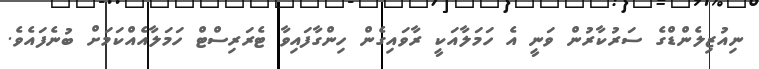
ނިއުޒިލެންޑްގެ ސަރުކާރުން ވަނީ އެ ހަމަލާއަކީ ރާވައިގެން ހިންގާފައިވާ ޓެރަރިސްޓް ހަމަލާއެއްކަމަށް ބުނެފައެވެ.